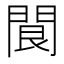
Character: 䦘